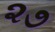
૨૭